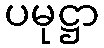
ပမုဋ္ဌာ